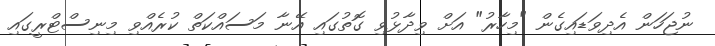
ނުޖަހަން އެދިވަޑައިގެން "މިހާރު" އަށް ވިދާޅުވި ގޮތުގައި އޭނާ މަސައްކަތް ކުރެއްވި މިނިސްޓްރީގައި